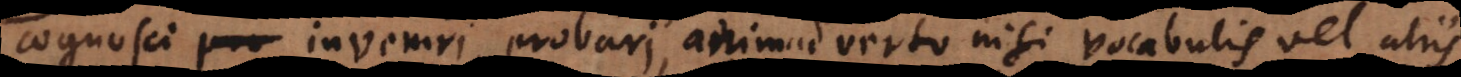
cognosci, inveniri, probari, animadverto nisi vocabulis vel alii